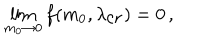
\lim _ { m _ { 0 } \rightarrow 0 } f ( m _ { 0 } , \lambda _ { \mathrm { c r } } ) = 0 \, ,